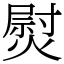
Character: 熨